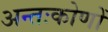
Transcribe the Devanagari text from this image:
अन्तःकोणों